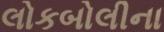
લોકબોલીના